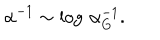
\alpha ^ { - 1 } \sim \log \, \alpha _ { G } ^ { - 1 } .